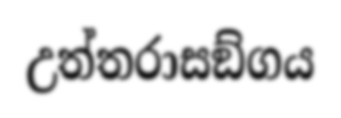
උත්තරාසඞ්ගය